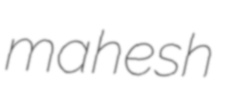
mahesh